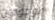
موجودون